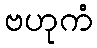
ဗဟုကံ